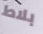
بلاط